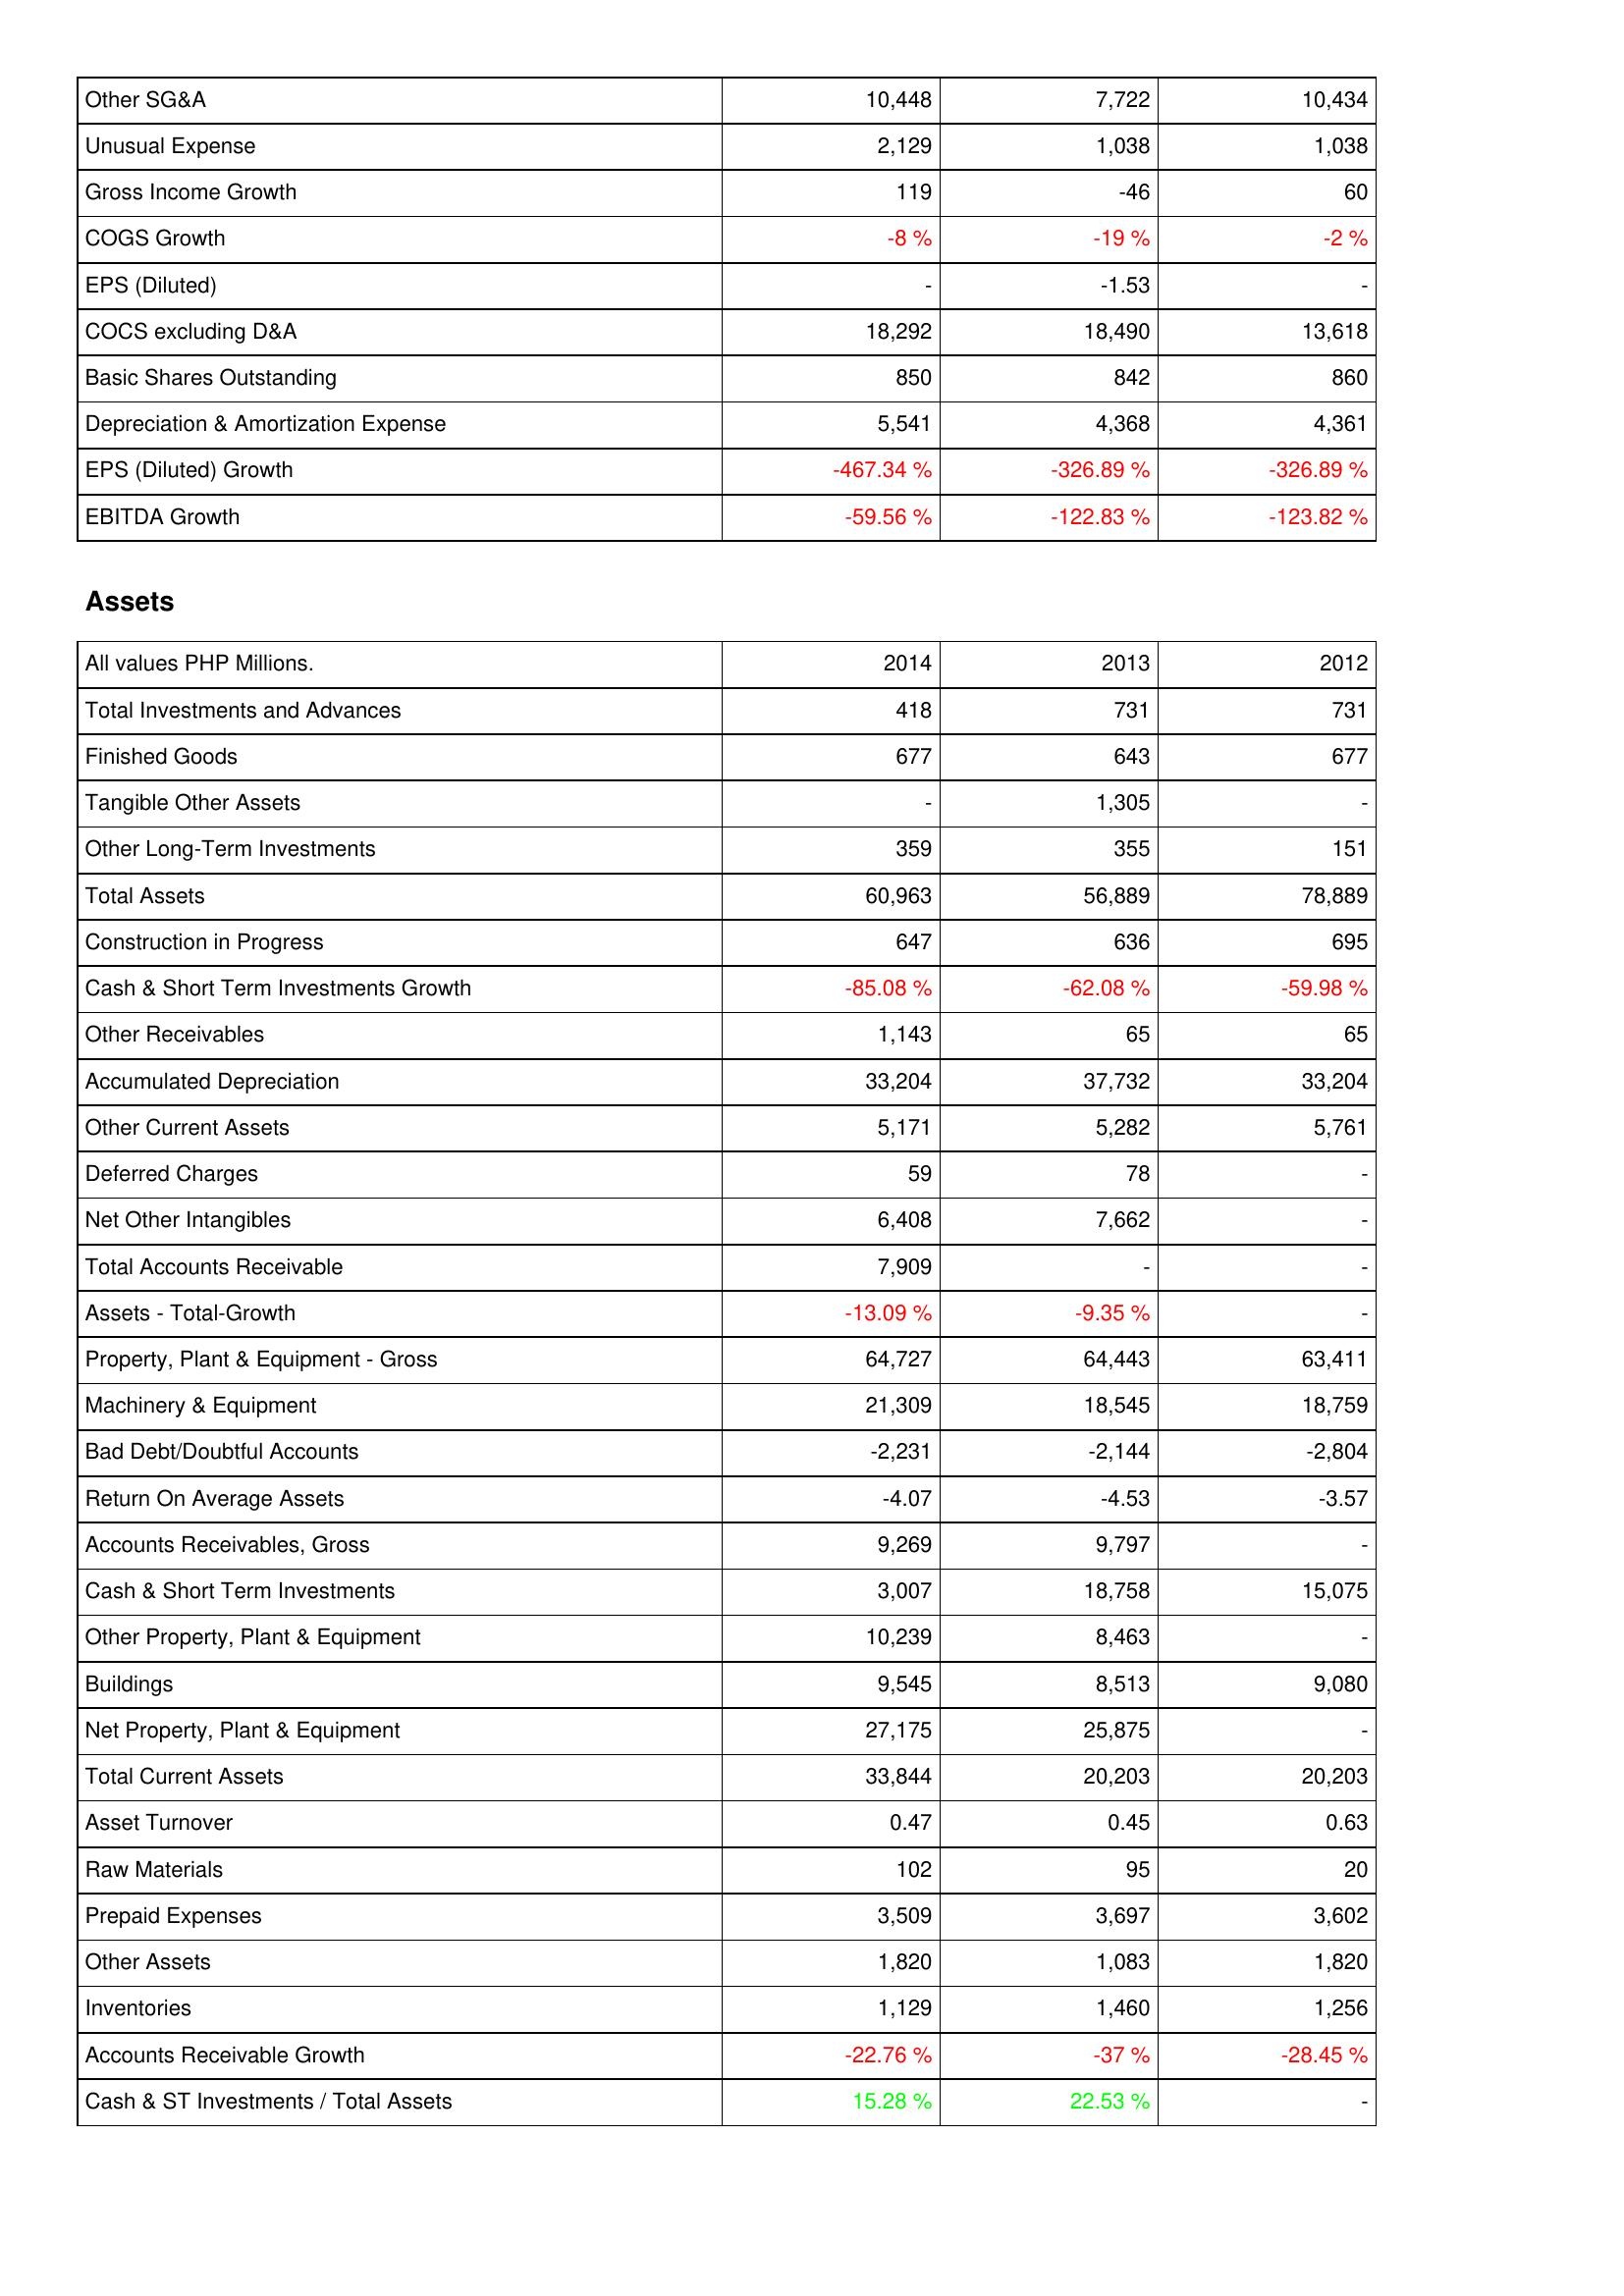
2014: Income Statement: Other SG&A: 10,448
Unusual Expense: 2,129
Gross Income Growth: 119
COGS Growth: -8 %
EPS (Diluted): -
COCS excluding D&A: 18,292
Basic Shares Outstanding: 850
Depreciation & Amortization Expense: 5,541
EPS (Diluted) Growth: -467.34 %
EBITDA Growth: -59.56 %
Assets: Total Investments and Advances: 418
Finished Goods: 677
Tangible Other Assets: -
Other Long-Term Investments: 359
Total Assets: 60,963
Construction in Progress: 647
Cash & Short Term Investments Growth: -85.08 %
Other Receivables: 1,143
Accumulated Depreciation: 33,204
Other Current Assets: 5,171
Deferred Charges: 59
Net Other Intangibles: 6,408
Total Accounts Receivable: 7,909
Assets - Total-Growth: -13.09 %
Property, Plant & Equipment - Gross: 64,727
Machinery & Equipment: 21,309
Bad Debt/Doubtful Accounts: -2,231
Return On Average Assets: -4.07
Accounts Receivables, Gross: 9,269
Cash & Short Term Investments: 3,007
Other Property, Plant & Equipment: 10,239
Buildings: 9,545
Net Property, Plant & Equipment: 27,175
Total Current Assets: 33,844
Asset Turnover: 0.47
Raw Materials: 102
Prepaid Expenses: 3,509
Other Assets: 1,820
Inventories: 1,129
Accounts Receivable Growth: -22.76 %
Cash & ST Investments / Total Assets: 15.28 %
2013: Income Statement: Other SG&A: 7,722
Unusual Expense: 1,038
Gross Income Growth: -46
COGS Growth: -19 %
EPS (Diluted): -1.53
COCS excluding D&A: 18,490
Basic Shares Outstanding: 842
Depreciation & Amortization Expense: 4,368
EPS (Diluted) Growth: -326.89 %
EBITDA Growth: -122.83 %
Assets: Total Investments and Advances: 731
Finished Goods: 643
Tangible Other Assets: 1,305
Other Long-Term Investments: 355
Total Assets: 56,889
Construction in Progress: 636
Cash & Short Term Investments Growth: -62.08 %
Other Receivables: 65
Accumulated Depreciation: 37,732
Other Current Assets: 5,282
Deferred Charges: 78
Net Other Intangibles: 7,662
Total Accounts Receivable: -
Assets - Total-Growth: -9.35 %
Property, Plant & Equipment - Gross: 64,443
Machinery & Equipment: 18,545
Bad Debt/Doubtful Accounts: -2,144
Return On Average Assets: -4.53
Accounts Receivables, Gross: 9,797
Cash & Short Term Investments: 18,758
Other Property, Plant & Equipment: 8,463
Buildings: 8,513
Net Property, Plant & Equipment: 25,875
Total Current Assets: 20,203
Asset Turnover: 0.45
Raw Materials: 95
Prepaid Expenses: 3,697
Other Assets: 1,083
Inventories: 1,460
Accounts Receivable Growth: -37 %
Cash & ST Investments / Total Assets: 22.53 %
2012: Income Statement: Other SG&A: 10,434
Unusual Expense: 1,038
Gross Income Growth: 60
COGS Growth: -2 %
EPS (Diluted): -
COCS excluding D&A: 13,618
Basic Shares Outstanding: 860
Depreciation & Amortization Expense: 4,361
EPS (Diluted) Growth: -326.89 %
EBITDA Growth: -123.82 %
Assets: Total Investments and Advances: 731
Finished Goods: 677
Tangible Other Assets: -
Other Long-Term Investments: 151
Total Assets: 78,889
Construction in Progress: 695
Cash & Short Term Investments Growth: -59.98 %
Other Receivables: 65
Accumulated Depreciation: 33,204
Other Current Assets: 5,761
Deferred Charges: -
Net Other Intangibles: -
Total Accounts Receivable: -
Assets - Total-Growth: -
Property, Plant & Equipment - Gross: 63,411
Machinery & Equipment: 18,759
Bad Debt/Doubtful Accounts: -2,804
Return On Average Assets: -3.57
Accounts Receivables, Gross: -
Cash & Short Term Investments: 15,075
Other Property, Plant & Equipment: -
Buildings: 9,080
Net Property, Plant & Equipment: -
Total Current Assets: 20,203
Asset Turnover: 0.63
Raw Materials: 20
Prepaid Expenses: 3,602
Other Assets: 1,820
Inventories: 1,256
Accounts Receivable Growth: -28.45 %
Cash & ST Investments / Total Assets: -